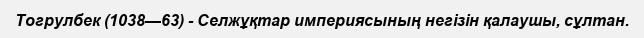
Тогрулбек (1038—63) - Селжұқтар империясының негізін қалаушы, сұлтан.